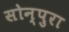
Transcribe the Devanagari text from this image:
सोन्पुरा